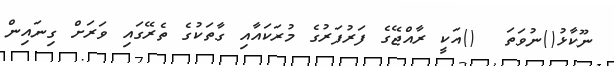
ނޫކާޅު()ނުވަތަ  ()އަކީ ރާއްޖޭގެ ފަރުފަރުގެ މުރަކައާއި ގާތަކުގެ ތެރޭގައި ވަރަށް ގިނައިން